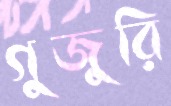
গুজুরি